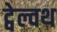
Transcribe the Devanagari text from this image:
ट्वेल्वथ